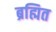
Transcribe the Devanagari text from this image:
ब्रह्मित